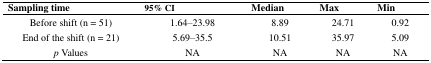
<table><thead><tr><td><b>Sampling time</b></td><td><b>95% CI</b></td><td><b>Median</b></td><td><b>Max</b></td><td><b>Min</b></td></tr></thead><tbody><tr><td>Before shift (n = 51)</td><td>1.64–23.98</td><td>8.89</td><td>24.71</td><td>0.92</td></tr><tr><td>End of the shift (n = 21)</td><td>5.69–35.5 </td><td>10.51</td><td>35.97</td><td>5.09</td></tr><tr><td><i>p</i> Values</td><td>NA</td><td>NA</td><td>NA</td><td>NA</td></tr></tbody></table>